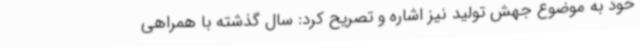
خود به موضوع جهش تولید نیز اشاره و تصریح کرد: سال گذشته با همراهی